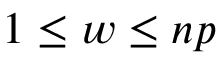
1 \le w \le n p